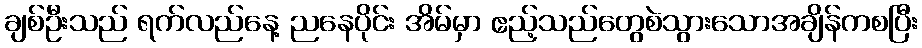
ချစ်ဦးသည် ရက်လည်နေ့ ညနေပိုင်း အိမ်မှာ ဧည့်သည်တွေစဲသွားသောအချိန်ကစပြီး